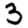
Digit: 3